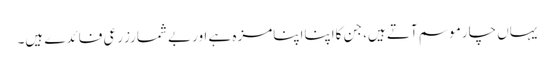
یہاں چارموسم آتے ہیں، جن کااپنااپنامزہ ہے اوربے شمارزرعی فائدے ہیں۔